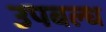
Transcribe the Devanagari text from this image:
उपबल्ध